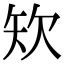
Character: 𥎯